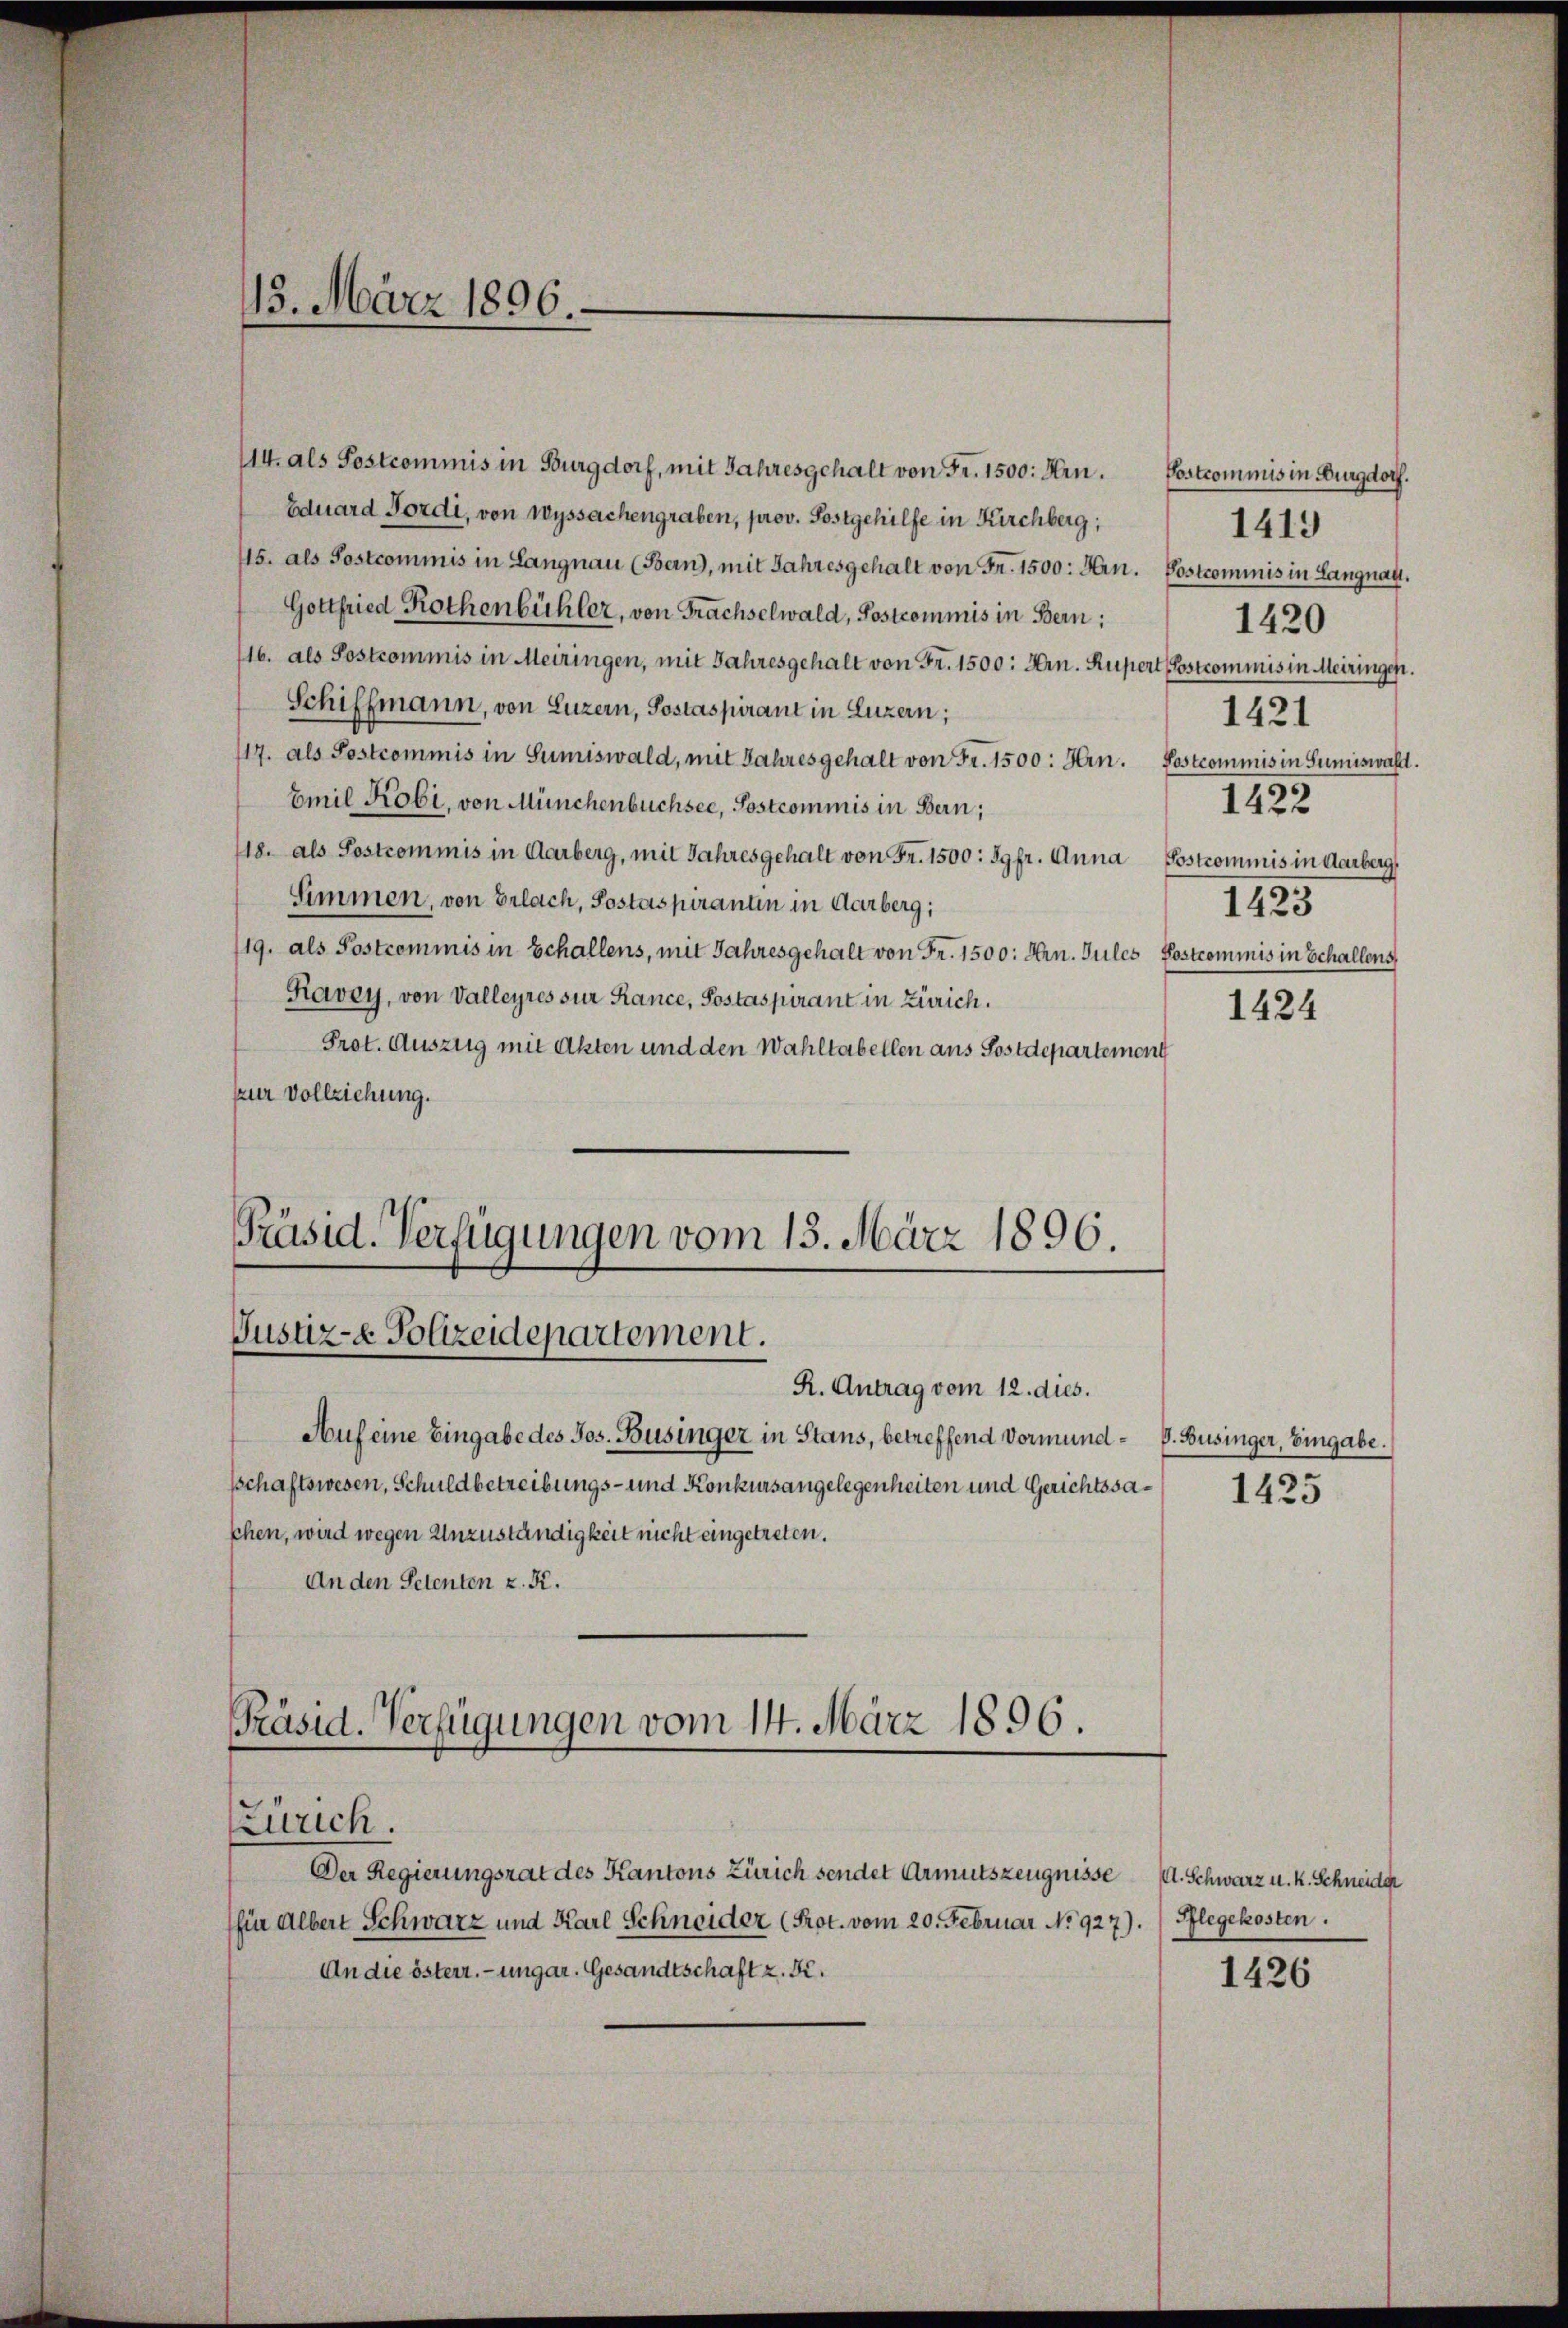
15. März 1896.

114. als Postcommis in Burgdorf, mit Jahresgehalt von Fr. 1500. Hrn.
Eduard Fordi, von Wyssachengraben, prov. Postgehilfe in Kirchberg;
115. als Postcommis in Langnau (Bern, mit Jahresgehalt von Fr. 1500. Hrn. Postcommis in Langnau.
Gottfried Rothenbühler, von Frachselwald, Postcommis in Bern;
116. als Postcommis in Meiringen, mit Jahresgehalt von Fr. 1500: Hrn. Rupert Postcommis in Meiringen.
Schiffmann, von Luzern, Postaspirant in Luzern;
117. als Postcommis in Sumiswald, mit Jahresgehalt von Fr. 1500. Hrn.
Emil Kobi, von Münchenbüchsee, Sostcommis in Bern;
118. als Postcommis in Aarberg, mit Jahresgehalt von Fr. 1500: Jgfr. Anna
Simmen, von Erlach, Postaspirantin in Aarberg;
19. als Postcommis in Schallens, mit Jahresgehalt von Fr. 1500. Hrn. Jules Postcommis in Schallens,
Kavey, von Valleyres sur Rance, Postaspirant in Zürich.
Prot. Auszug mit Akten und den Wahltabellen aus Postdepartement
zur Vollziehung.
Präsid. Verfügungen vom 15. März 1896.

Justiz- Polizeidepartement.

R. Antrag vom 12. dies.
Auf eine Eingabe des Jos. Businger in Stans, betreffend Vormund- P. Businger, Eingabe.
sschaftswesen, Schuldbetreibungs- und Konkursangelegenheiten und Gerichtssaschen, wird wegen Unzuständigkeit nicht eingetreten.
An den Petenten z. R.
Präsid. Verfügungen vom 14. März 1896.

Zürich.
Der Regierungsrat des Kantons Zürich sendet Armutszeugnisse

(für Albert Schwarz und Karl Schneider (Prot. vom 20. Februar No 927). Pflegekosten.
An die österr. ungar. Gesandtschaft z. B.

Postcommis in Burgdorf.
1423

1425

A. Schwarz u. k. Schneide

1426

1419
1420
1421
Postcommis in Sumiswahl.
1422
Postcommis in darberg

1424